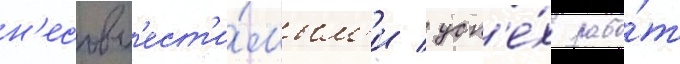
н'есовм'ест'и́мым'и / усп'е́х рабо́т